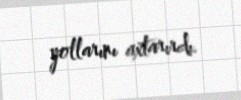
yollarını axtarırdı.